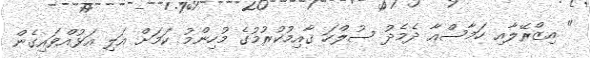
" އިޒްރޭލާއި ހަމާސްއާ ދެމެދު ސުލްހަ ގާއިމުކުރުމުގެ މުހިންމު ކަމަށް އަލި އަޅުއްވައިގެން